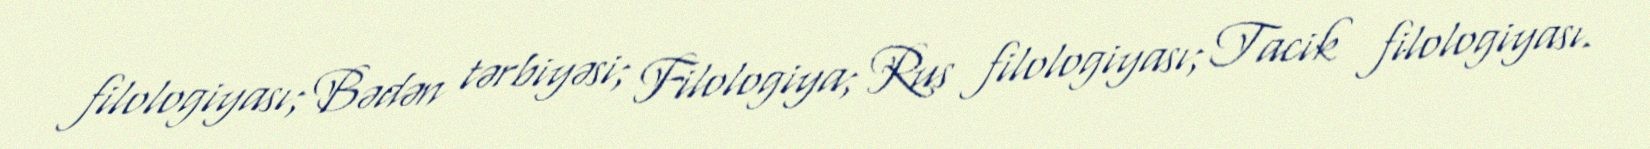
filologiyası; Bədən tərbiyəsi; Filologiya; Rus filologiyası; Tacik filologiyası.